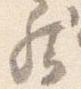
然